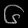
Digit: ၆